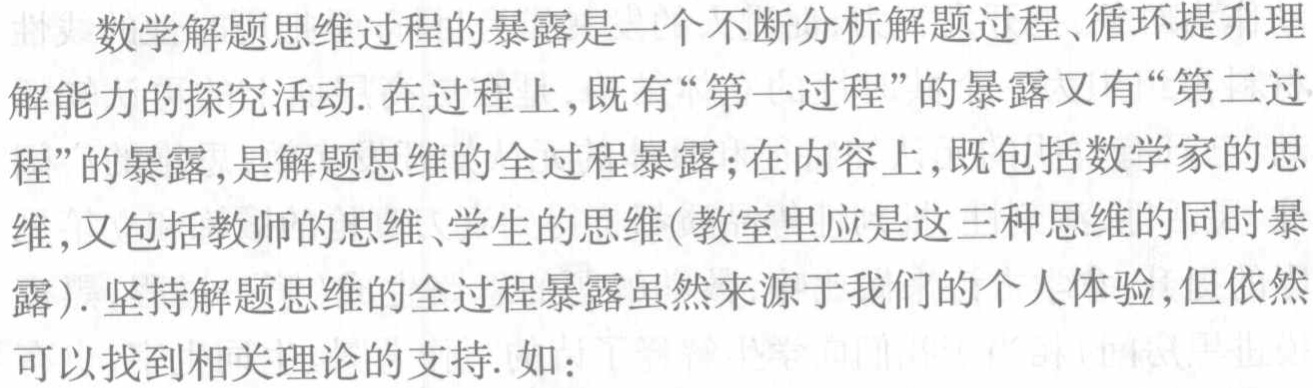
数学解题思维过程的暴露是一个不断分析解题过程、循环提升理

解能力的探究活动. 在过程上,既有“第一过程”的暴露又有“第二过

程”的暴露,是解题思维的全过程暴露;在内容上,既包括数学家的思

维,又包括教师的思维、学生的思维(教室里应是这三种思维的同时暴

露). 坚持解题思维的全过程暴露虽然来源于我们的个人体验,但依然

可以找到相关理论的支持. 如：